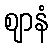
ဈာနံ